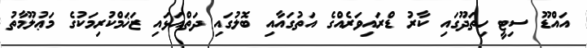
އައްޑޫ ސިޓީ ހިތަދޫގައި ކާރު ޑްރައިވަރެއްގެ އަތުގައާއި ބޮލުގައި ދަތްއަޅައި ޒަޚަމްކުރިމަކުގެ މަޢުލޫމާތު